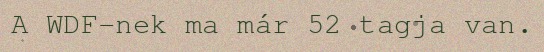
A WDF-nek ma már 52 tagja van.